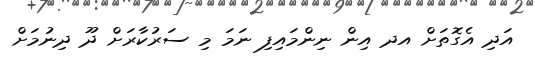
އަދި އެގޮތަށް އދ އިން ނިންމައިފި ނަމަ މި ސަރުކާރަށް ދޫ ދިނުމަށް